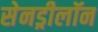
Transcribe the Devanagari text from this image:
सेनड्रीलॉन